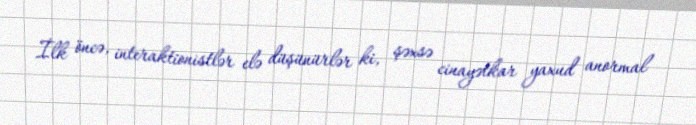
İlk öncə, interaktionistlər elə düşünürlər ki, şəxsə cinayətkar yaxud anormal